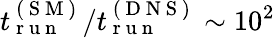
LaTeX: t_{\mathrm{~r~u~n~}}^{\mathrm{~(~S~M~)~}}/t_{\mathrm{~r~u~n~}}^{\mathrm{~(~D~N~S~)~}}\sim 10^{2}